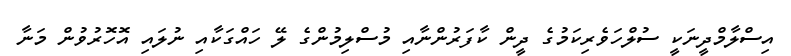
އިސްލާމްދީނަކީ ސުލްހަވެރިކަމުގެ ދީން ކާފަރުންނާއި މުސްލިމުންގެ ލޭ ހައްގަކާއި ނުލައި އޮހޮރުވުން މަނާ